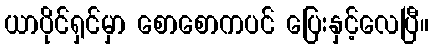
ယာပိုင်ရှင်မှာ စောစောကပင် ပြေးနှင့်လေပြီ။